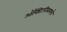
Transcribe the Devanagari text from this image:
ॲक्टिनियमचे